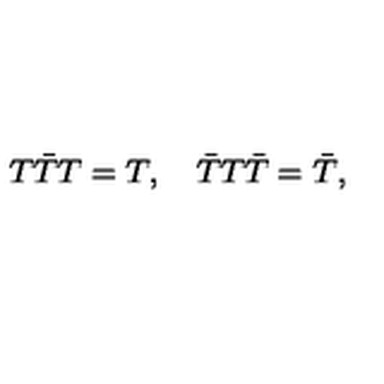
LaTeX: T \bar { T } T = T , \quad \bar { T } T \bar { T } = \bar { T } ,